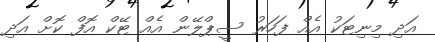
އަދި މިނިޓަކު އެއް ފަހަރު ސީޕްލޭން އެއް ޓޭކް އޮފް ކޮށް އަދި